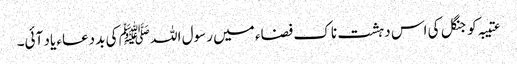
عتیبہ کو جنگل کی اس دہشت ناک فضاء میں رسول اللہ ﷺ کی بد دعاء یاد آئی۔